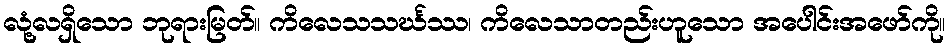
လုံ့လရှိသော ဘုရားမြတ်။ ကိလေသသင်္ဃဿ၊ ကိလေသာတည်းဟူသော အပေါင်းအဖော်ကို။